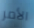
الأمر